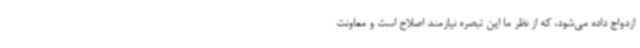
ازدواج داده می‌شود، که از نظر ما این تبصره نیازمند اصلاح است و معاونت